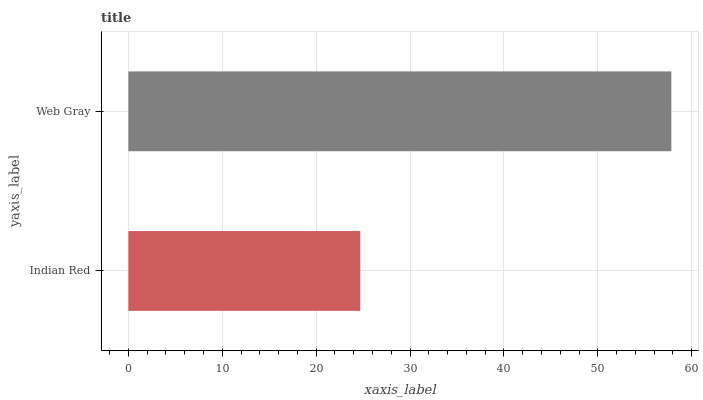
| yaxis_label | bars |
 | --- | --- |
 | Indian Red | 24.7 |
 | Web Gray | 57.8 |